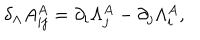
\delta _ { \Lambda } A _ { i j } ^ { A } = \partial _ { i } \Lambda _ { j } ^ { A } - \partial _ { j } \Lambda _ { i } ^ { A } ,